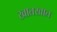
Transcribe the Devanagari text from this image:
खातखात